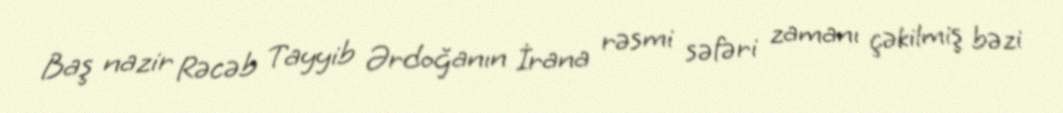
Baş nazir Rəcəb Tayyib Ərdoğanın İrana rəsmi səfəri zamanı çəkilmiş bəzi